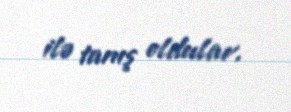
ilə tanış oldular.